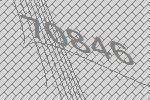
70846